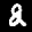
Label: 2